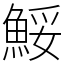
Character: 鮾